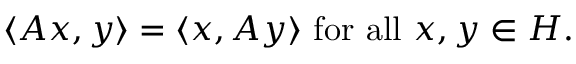
\langle A x , y \rangle = \langle x , A y \rangle { \mathrm { ~ f o r ~ a l l ~ } } x , y \in H .